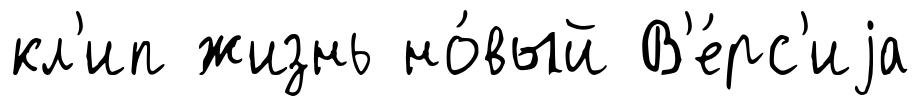
кл'ип жизнь но́вый В'е́рс'иjа